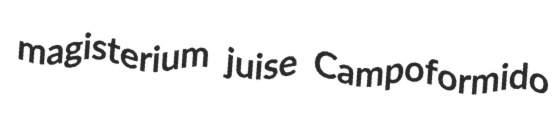
magisterium juise Campoformido